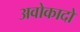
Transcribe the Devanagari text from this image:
अवोकादो